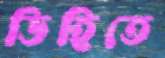
ডিহিতে